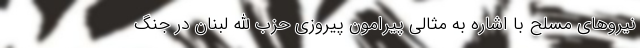
نیروهای مسلح با اشاره به مثالی پیرامون پیروزی حزب الله لبنان در جنگ